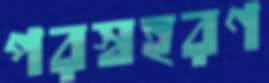
পরস্বহরণ